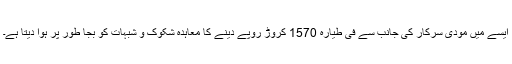
ایسے میں مودی سرکار کی جانب سے فی طیارہ 1570 کروڑ روپے دینے کا معاہدہ شکوک و شبہات کو بجا طور پر ہوا دیتا ہے۔